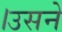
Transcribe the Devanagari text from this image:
।उसने